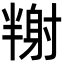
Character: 𡭉